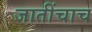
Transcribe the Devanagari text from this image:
जातींचाच